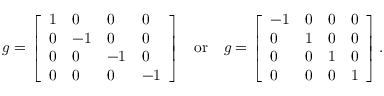
g = { \left[ \begin{array} { l l l l } { 1 } & { 0 } & { 0 } & { 0 } \\ { 0 } & { - 1 } & { 0 } & { 0 } \\ { 0 } & { 0 } & { - 1 } & { 0 } \\ { 0 } & { 0 } & { 0 } & { - 1 } \end{array} \right] } \quad { \mathrm { o r } } \quad g = { \left[ \begin{array} { l l l l } { - 1 } & { 0 } & { 0 } & { 0 } \\ { 0 } & { 1 } & { 0 } & { 0 } \\ { 0 } & { 0 } & { 1 } & { 0 } \\ { 0 } & { 0 } & { 0 } & { 1 } \end{array} \right] } \, .